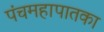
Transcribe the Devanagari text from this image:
पंचमहापातका